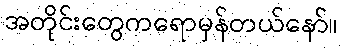
အတိုင်းတွေကရောမှန်တယ်နော်။